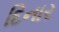
દિનાર